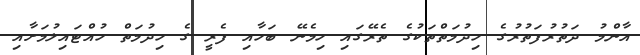
އާންމު ދަތުރުފަތުރުގެ ހިދުމަތްތަކުގެ ތެރޭގައި ހިމެނޭ ބަހާއި ފެރީ ގެ ހިދުމަތް ހުއްޓައިލުމަށާއި